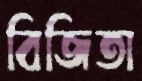
বিজিতা